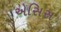
એસિસ